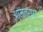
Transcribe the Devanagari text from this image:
आंमत्रण